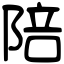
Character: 陪